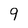
Character: 9